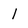
Character: 1